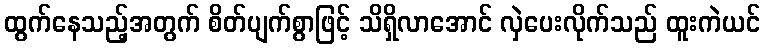
ထွက်နေသည့်အတွက် စိတ်ပျက်စွာဖြင့် သိရှိလာအောင် လှဲပေးလိုက်သည် ထူးကဲယင်